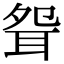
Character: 𦕕